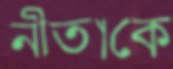
নীতাকে